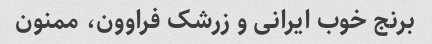
برنج خوب ایرانی و زرشک فراوون، ممنون